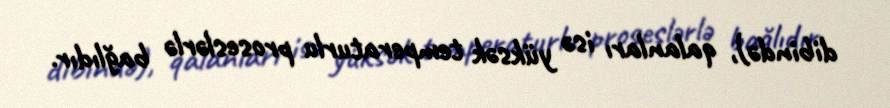
dibində), qalanları isə yüksək temperaturlu proseslərlə bağlıdır.